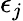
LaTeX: \epsilon_{j}